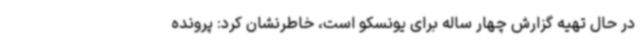
در حال تهیه گزارش چهار ساله برای یونسکو است، خاطرنشان کرد: پرونده